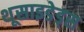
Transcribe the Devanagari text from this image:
थूसाइडेड्स